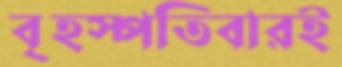
বৃহস্পতিবারই